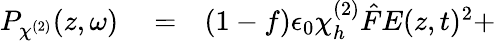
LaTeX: \begin{array}{rlr}{P_{\chi^{(2)}}(z,\omega)}&{{}=}&{(1-f)\epsilon_{0}\chi_{h}^{(2)}\hat{F}E(z,t)^{2}+}\end{array}